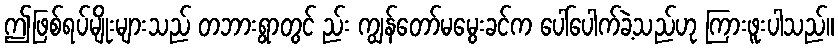
ဤဖြစ်ရပ်မျိုးများသည် တဘားရွာတွင် ည်း ကျွန်တော်မမွေးခင်က ပေါ်ပေါက်ခဲ့သည်ဟု ကြားဖူးပါသည်။